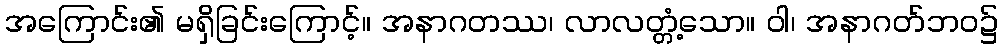
အကြောင်း၏ မရှိခြင်းကြောင့်။ အနာဂတဿ၊ လာလတ္တံ့သော။ ဝါ၊ အနာဂတ်ဘဝ၌